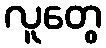
လူတွေ